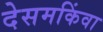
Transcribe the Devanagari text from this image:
देसमकिंवा